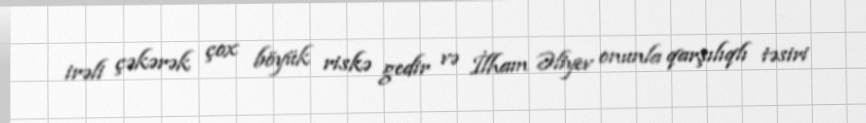
irəli çəkərək çox böyük riskə gedir və İlham Əliyev onunla qarşılıqlı təsiri